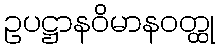
ဥပဋ္ဌာနဝိမာနဝတ္ထု